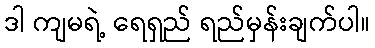
ဒါ ကျမရဲ့ ရေရှည် ရည်မှန်းချက်ပါ။